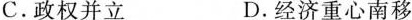
C.政权并立 D.经济重心南移